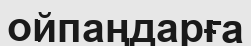
ойпаңдарға